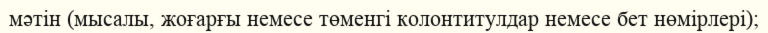
мәтін (мысалы, жоғарғы немесе төменгі колонтитулдар немесе бет нөмірлері);